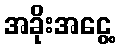
အခိုးအငွေ့